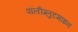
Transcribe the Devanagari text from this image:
पॉलीग्लुटमाइन